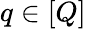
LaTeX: q\in[Q]